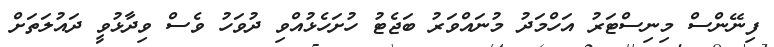
ފިނޭންސް މިނިސްޓަރު އަހްމަދު މުނައްވަރު ބަޖެޓު ހުށަހެޅުއްވި ދުވަހު ވެސް ވިދާޅުވީ ދައުލަތަށް